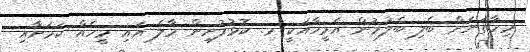
މިހާތަނަށް ބެލި ބެލުމުން އެމީހާއަކީ މ. ކޮޅުފުށިން މާލެ އައި މީހެއް ކަމަށާއި